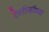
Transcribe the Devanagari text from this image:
टेलीकॉम्स